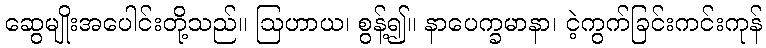
ဆွေမျိုးအပေါင်းတို့သည်။ ဩဟာယ၊ စွန့်၍။ နာပေက္ခမာနာ၊ ငဲ့ကွက်ခြင်းကင်းကုန်